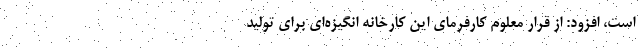
است، افزود: از قرار معلوم کارفرمای این کارخانه‌ انگیزه‌ای برای تولید